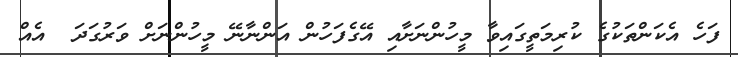
ފަހެ އެކަންތަކުގެ ކުރިމަތީގައިވާ މީހުންނަށާއި އޭގެފަހުން އަންނާނޭ މީހުންނަށް ވަރުގަދަ  އެއް